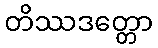
တိဿဒတ္တော